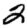
Digit: 2